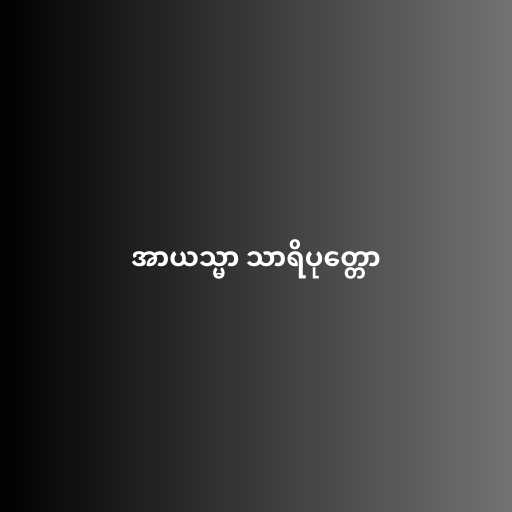
အာယသ္မာ သာရိပုတ္တော